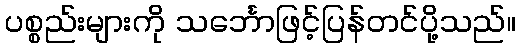
ပစ္စည်းများကို သင်္ဘောဖြင့်ပြန်တင်ပို့သည်။